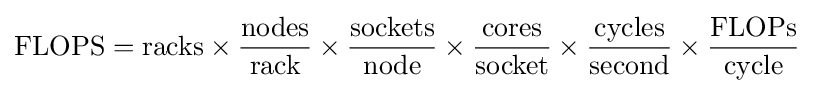
{\text{FLOPS}}={\text{racks}}\times {\frac {\text{nodes}}{\text{rack}}}\times {\frac {\text{sockets}}{\text{node}}}\times {\frac {\text{cores}}{\text{socket}}}\times {\frac {\text{cycles}}{\text{second}}}\times {\frac {\text{FLOPs}}{\text{cycle}}}